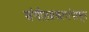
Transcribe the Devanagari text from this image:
संगीतप्रकारांपासून